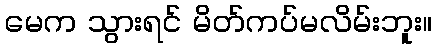
မေက သွားရင် မိတ်ကပ်မလိမ်းဘူး။